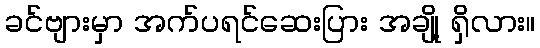
ခင်ဗျားမှာ အက်ပရင်ဆေးပြား အချို့ ရှိလား။